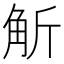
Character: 𧣊